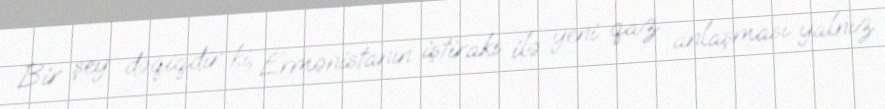
Bir şey dəqiqdir ki, Ermənistanın iştirakı ilə yeni qaz anlaşması yalnız